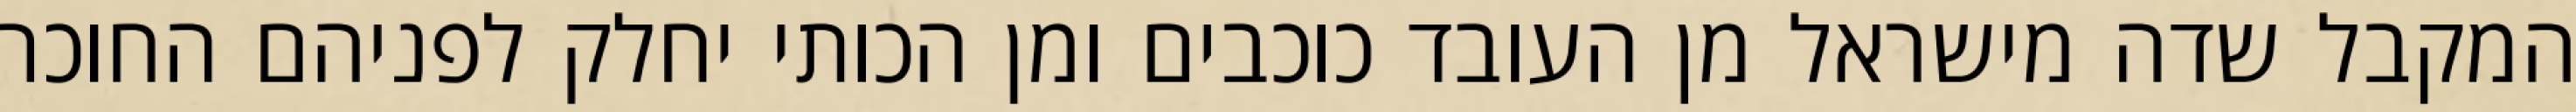
המקבל שדה מישראל מן העובד כוכבים ומן הכותי יחלק לפניהם החוכר